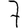
Digit: 7